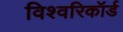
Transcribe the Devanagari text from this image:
विश्वरिकॉर्ड